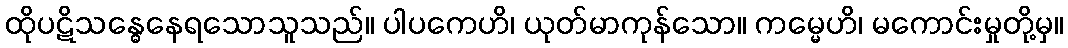
ထိုပဋိသန္ဓေနေရသောသူသည်။ ပါပကေဟိ၊ ယုတ်မာကုန်သော။ ကမ္မေဟိ၊ မကောင်းမှုတို့မှ။